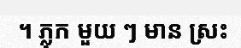
។ ភ្លុក មួយ ៗ មាន ស្រះ